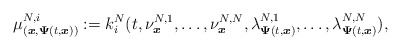
\begin{align*}\mu_{(\boldsymbol{x},\boldsymbol{\Psi}(t,\boldsymbol{x}))}^{N,i}:=k_i^N(t,\nu^{N,1}_{\boldsymbol{x}},\ldots,\nu^{N,N}_{\boldsymbol{x}},\lambda^{N,1}_{\boldsymbol{\Psi}(t,\boldsymbol{x})},\ldots,\lambda^{N,N}_{\boldsymbol{\Psi}(t,\boldsymbol{x})}),\end{align*}